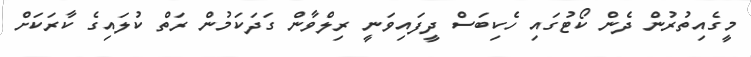
މީގެއިތުރުން ދެން ކޯޓުގައި ހެކިބަސް ދީފައިވަނީ ރިލްވާން ގަދަކަމުން ރަތް ކުލައިގެ ކާރަކަށް